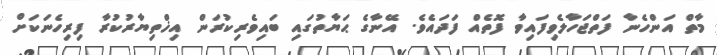
މާތް އަންހެނާ ފަތްޖަހާލެވިފައިވާ ފޮތެއް ފަދައެވެ. އޭނާގެ ޙަޔާތުގައި ބައިވެރިކުރަން އިޚްތިޔާރުކުރާ ފިރިހެނަކަށް